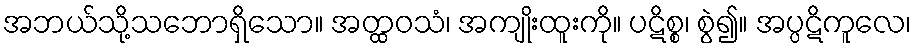
အဘယ်သို့သဘောရှိသော။ အတ္ထဝသံ၊ အကျိုးထူးကို။ ပဋိစ္စ၊ စွဲ၍။ အပ္ပဋိကူလေ၊